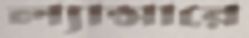
ল্যান্সারে